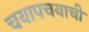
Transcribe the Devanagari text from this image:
चयापचयाची